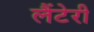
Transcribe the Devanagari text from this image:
लैंटेरी